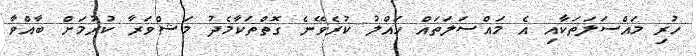
ހުރި މައްސަލަތަކާއި އެ މައްސަލަތައް ހައްލު ކުރެވޭނެ ގޮތްތަކާމެދު މަޝްވަރާ ކުރުމަށް ބާއްވާ